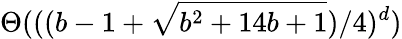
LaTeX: \Theta(((b-1+{\sqrt{b^{2}+14b+1}})/4)^{d})